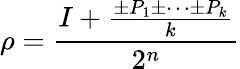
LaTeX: \rho=\frac{I+\frac{\pm P_{1}\pm\cdots\pm P_{k}}{k}}{2^{n}}